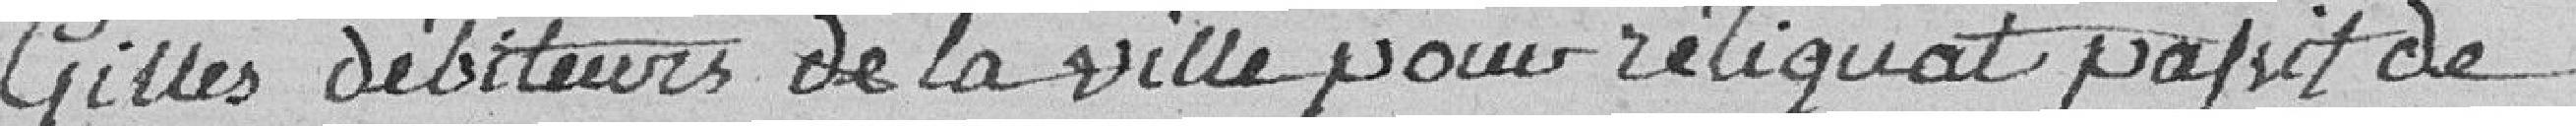
GILLES, débiteurs de la Ville pour reliquat papit?? de